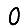
Digit: 0